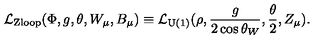
{ \cal L } _ { \mathrm { Z l o o p } } ( \Phi , g , \theta , W _ { \mu } , B _ { \mu } ) \equiv { \cal L } _ { \mathrm { U ( 1 ) } } ( \rho , \frac { g } { 2 \cos \theta _ { W } } , \frac { \theta } { 2 } , Z _ { \mu } ) .